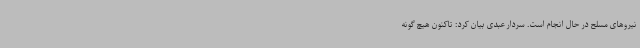
نیروهای مسلح در حال انجام است. سردار عبدی بیان کرد: تاکنون هیچ گونه